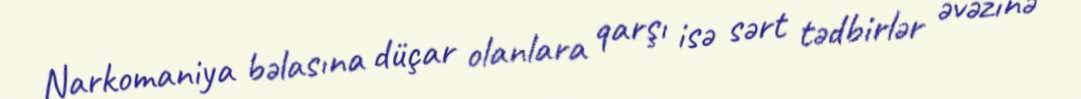
Narkomaniya bəlasına düçar olanlara qarşı isə sərt tədbirlər əvəzinə